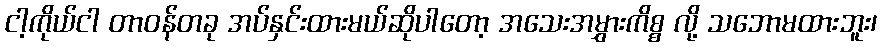
ငါ့ကိုယ်ငါ တာဝန်တခု အပ်နှင်းထားမယ်ဆိုပါတော့ အသေးအမွှားကိစ္စ လို့ သဘောမထားဘူး၊